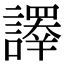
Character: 𧬳